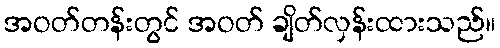
အဝတ်တန်းတွင် အဝတ် ချိတ်လှန်းထားသည်။